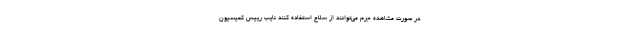
در صورت مشاهده جرم می‌توانند از سلاح استفاده کنند نایب رییس کمیسیون